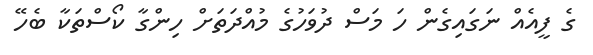
ގެ ފީއެއް ނަގައިގެން ހަ މަސް ދުވަހުގެ މުއްދަތަށް ހިންގާ ކޯސްތަކާ ބެހޭ